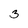
Character: 3